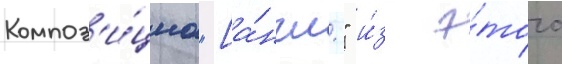
Композ'и́циа "[а́нгл." и́з э́того